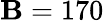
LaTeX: \mathbf{B}=170